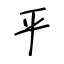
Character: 平